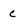
Character: c